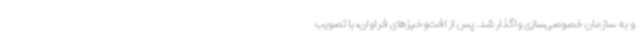
و به سازمان خصوصی‌سازی واگذار شد. پس از افت‌وخیزهای فراوان، با تصویب‌